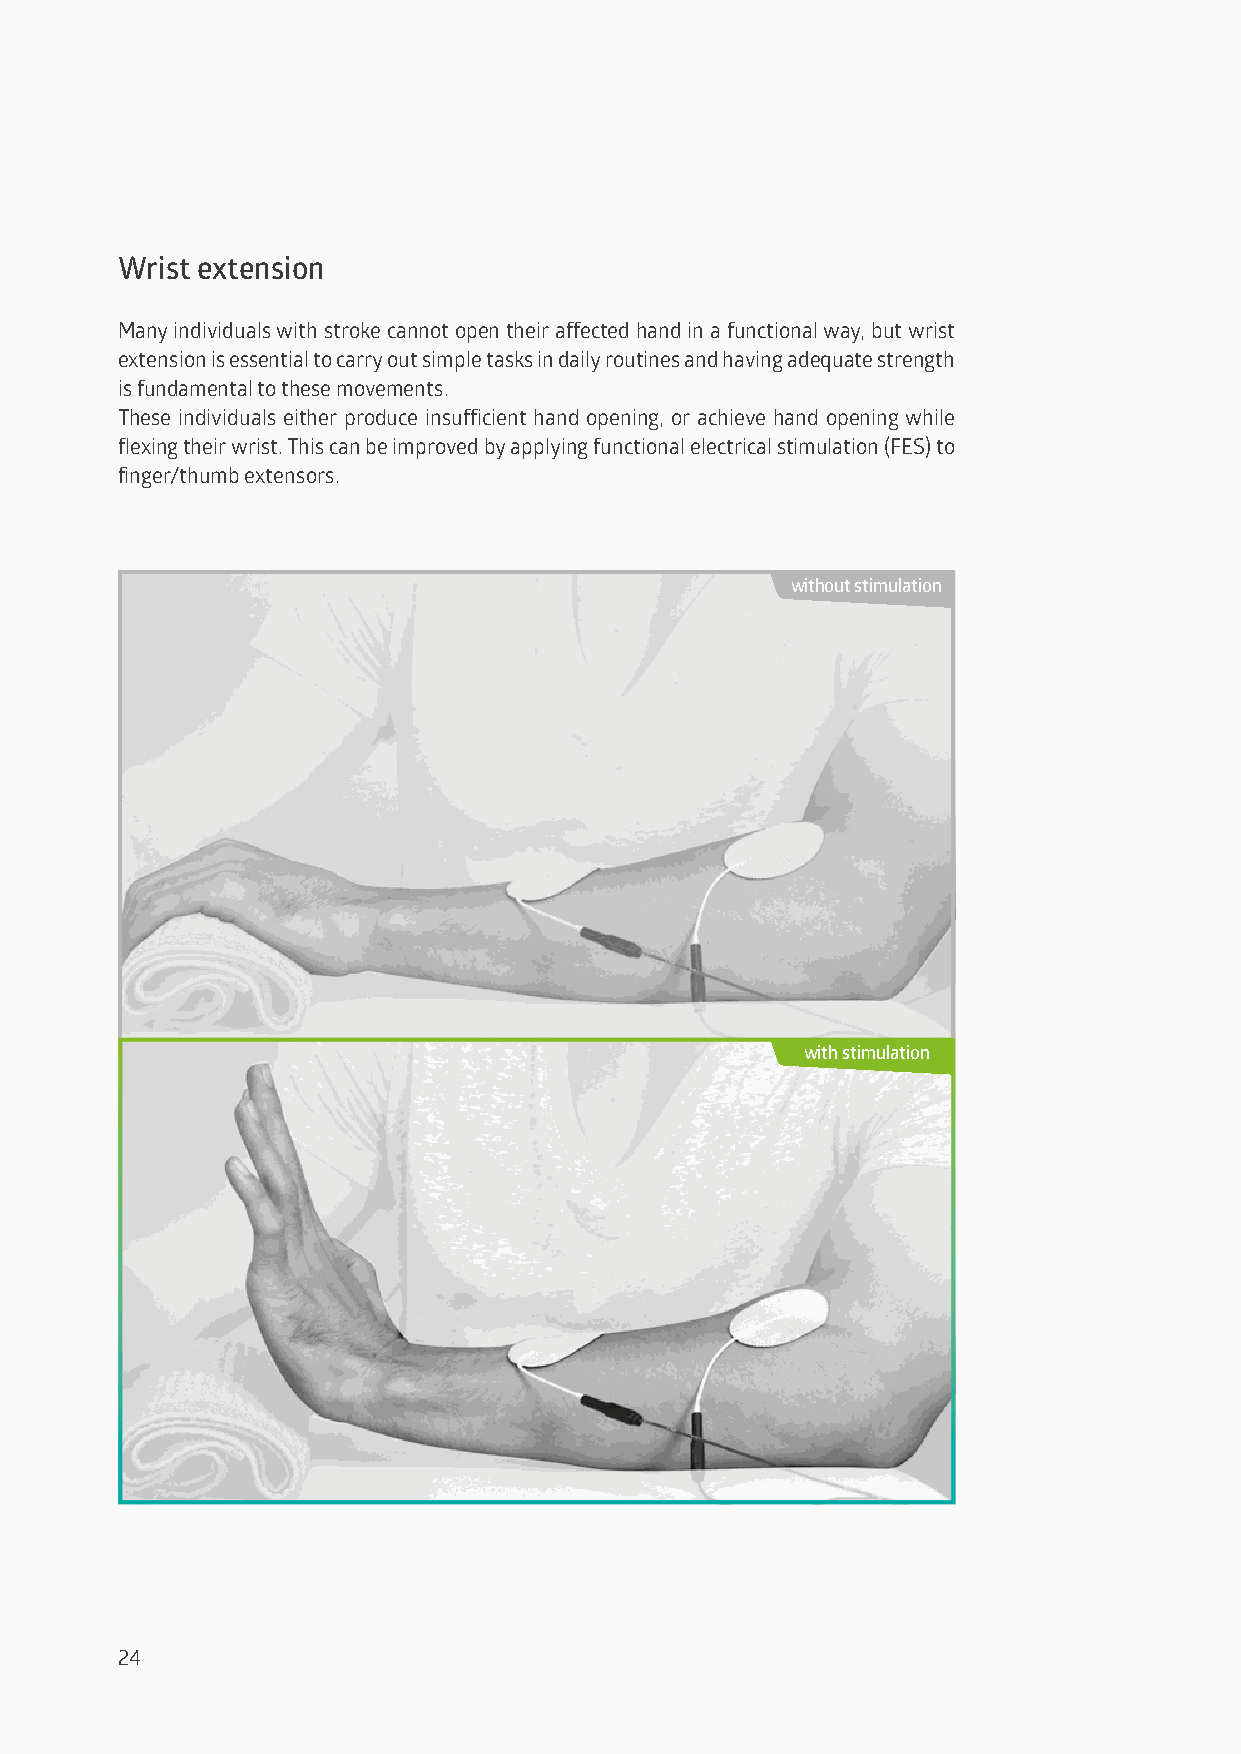
Wrist extension
 Many individuals with stroke cannot open their affected hand in a functional way, but wrist
 extension is essential to carry out simple tasks in daily routines and having adequate strength
 is fundamental to these movements.
 These individuals either produce insufficient hand opening, or achieve hand opening while
 flexing their wrist. This can be improved by applying functional electrical stimulation (FES) to
 finger/thumb extensors.
 without stimulation
 with stimulation
 24